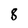
Character: 8